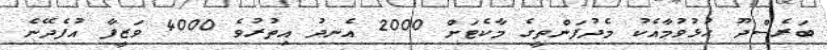
ބަރެސްދޫ ހުޅުވުމާއެކު މެދުފަންތީގެ މާކެޓަށް 2000 އެނދު އިތުރުވެ 4000 ވަޒީފާ އުފެދޭނެ